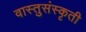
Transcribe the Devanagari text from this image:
वास्तुसंस्कृती